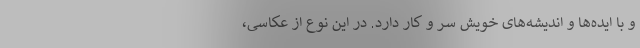
و با ایده‌ها و اندیشه‌های خویش سر و کار دارد. در این نوع از عکاسی،